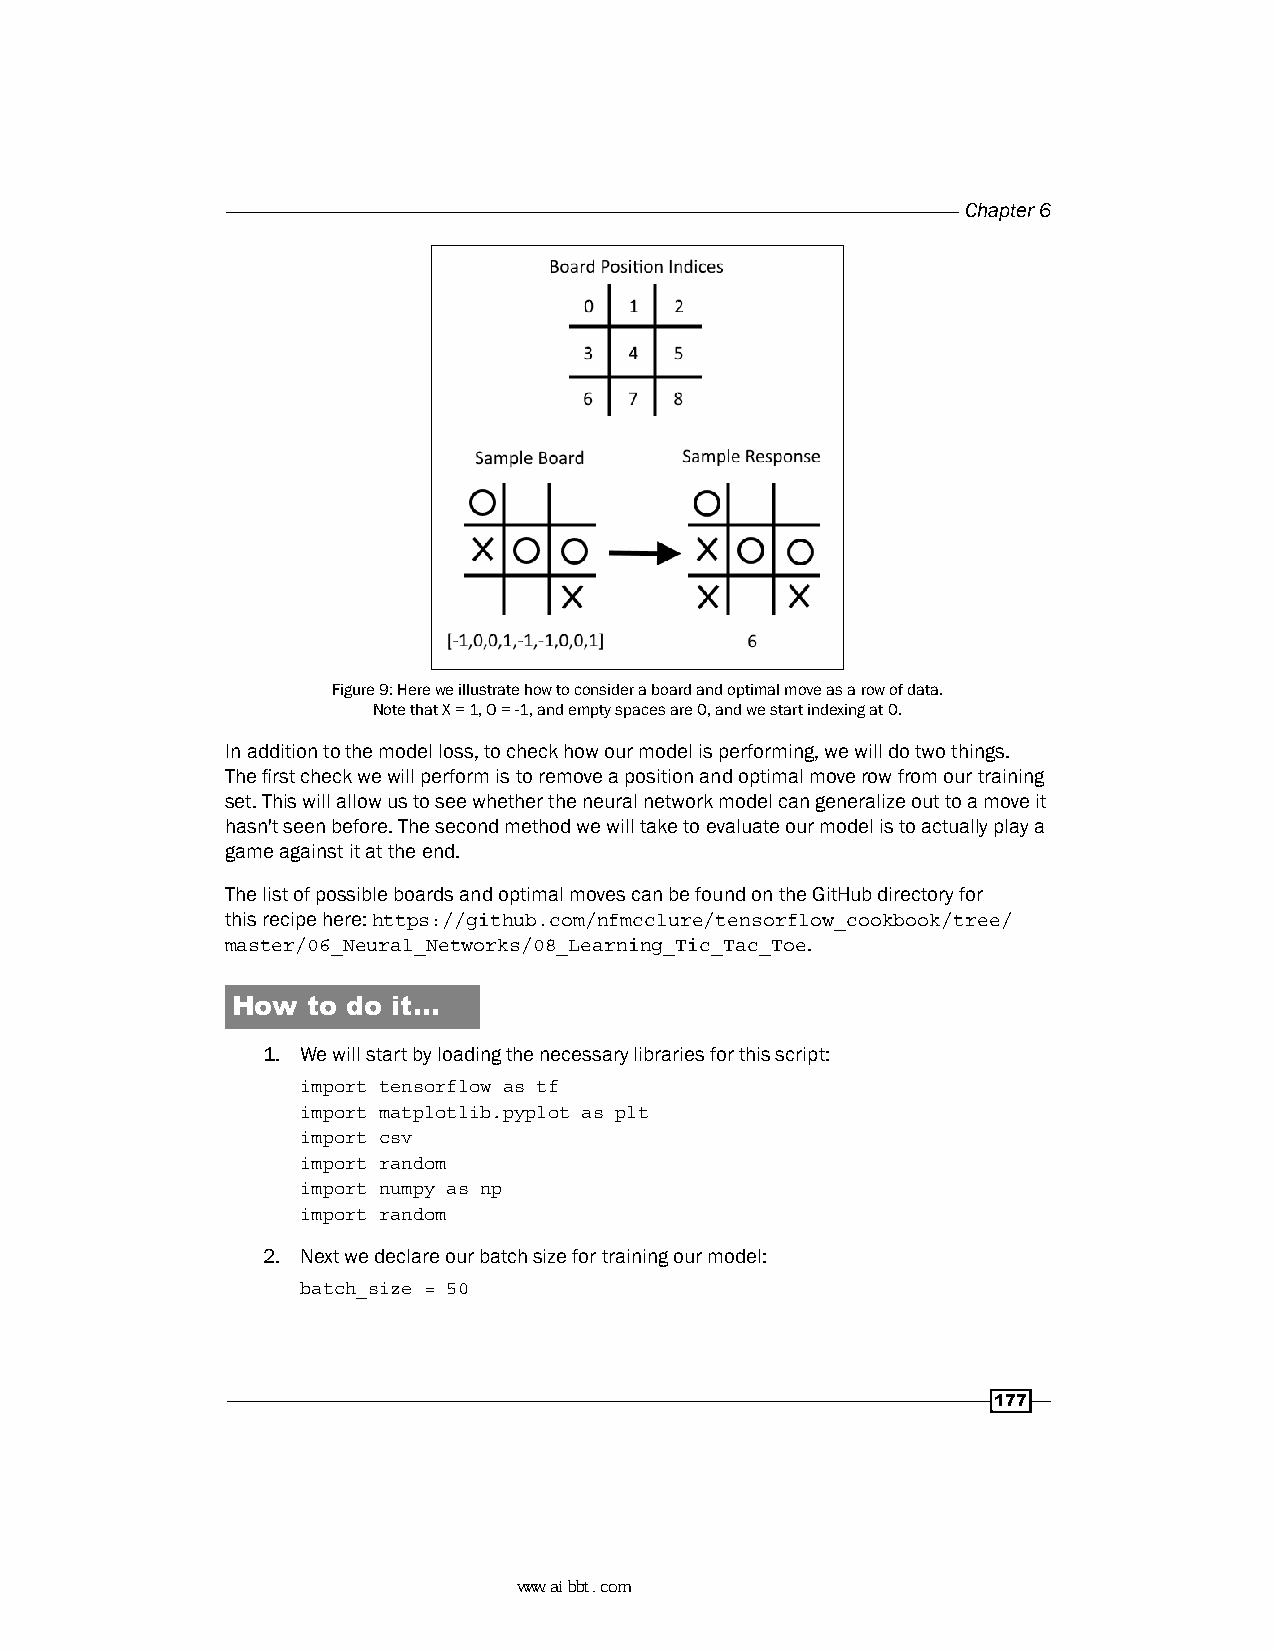
Chapter 6
 Figure 9: Here we illustrate how to consider a board and optimal move as a row of data.
 Note that X = 1, O = -1, and empty spaces are 0, and we start indexing at 0.
 In addition to the model loss, to check how our model is performing, we will do two things.
 The first check we will perform is to remove a position and optimal move row from our training
 set. This will allow us to see whether the neural network model can generalize out to a move it
 hasn't seen before. The second method we will take to evaluate our model is to actually play a
 game against it at the end.
 The list of possible boards and optimal moves can be found on the GitHub directory for
 this recipe here: https://github.com/nfmcclure/tensorflow_cookbook/tree/
 master/06_Neural_Networks/08_Learning_Tic_Tac_Toe.
 How  to do it…
 1. We will start by loading the necessary libraries for this script:
 import tensorflow as tf
 import matplotlib.pyplot as plt
 import csv
 import random
 import numpy as np
 import random
 2. Next we declare our batch size for training our model:
 batch_size = 50
 177
 www.aibbt.com 让未来触手可及